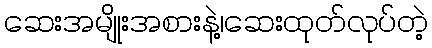
ဆေးအမျိုးအစားနဲ့၊ဆေးထုတ်လုပ်တဲ့